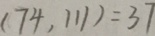
( 7 4 , 1 1 1 ) = 3 7